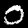
Label: 0